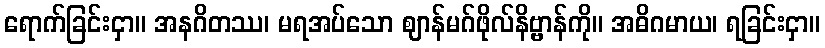
ရောက်ခြင်းငှာ။ အနဂိတဿ၊ မရအပ်သော ဈာန်မဂ်ဖိုလ်နိဗ္ဗာန်ကို။ အဓိဂမာယ၊ ရခြင်းငှာ။